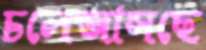
চলেআসছে